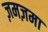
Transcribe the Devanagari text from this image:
ज़मज़मा